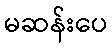
မဆန်းပေ